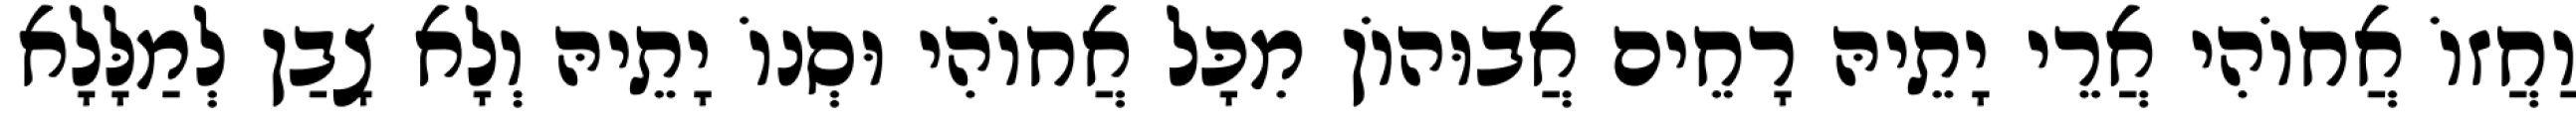
וַחֲזוֹ אֲחוֹהִי אֲרֵי יָתֵיהּ רָחֵים אֲבוּהוֹן מִכָּל אֲחוֹהִי וּסְנוֹ יָתֵיהּ וְלָא צָבַן לְמַלָּלָא